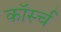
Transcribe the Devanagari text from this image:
कॉर्स्च